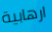
ارهابية